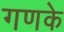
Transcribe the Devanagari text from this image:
गणके